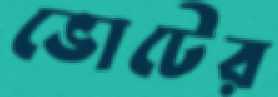
ভোটের